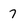
Character: 7